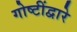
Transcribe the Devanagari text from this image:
गोष्टींद्वारे